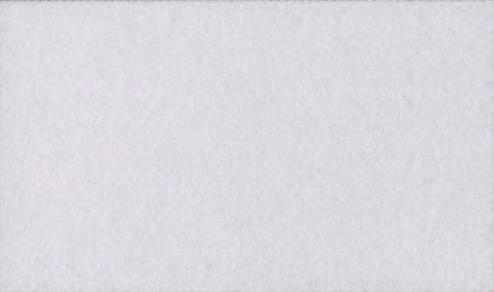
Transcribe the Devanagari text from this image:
पेज